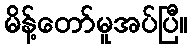
မိန့်တော်မူအပ်ပြီ။